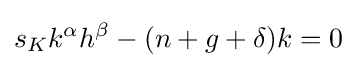
s_{K}k^{\alpha }h^{\beta }-(n+g+\delta )k=0